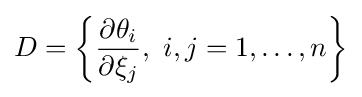
D=\left\{{\frac {\partial \theta _{i}}{\partial \xi _{j}}},\ i,j=1,\ldots ,n\right\}